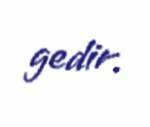
gedir.